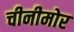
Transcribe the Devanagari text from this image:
चीनीमोर